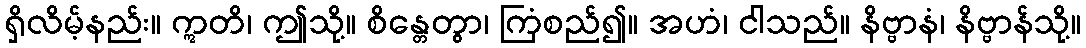
ရှိလိမ့်နည်း။ ဣတိ၊ ဤသို့။ စိန္တေတွာ၊ ကြံစည်၍။ အဟံ၊ ငါသည်။ နိဗ္ဗာနံ၊ နိဗ္ဗာန်သို့။